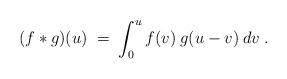
LaTeX: \begin{align*}(f * g)(u) \;=\; \int_0^u f(v) \:g(u-v) \:dv \;.\end{align*}